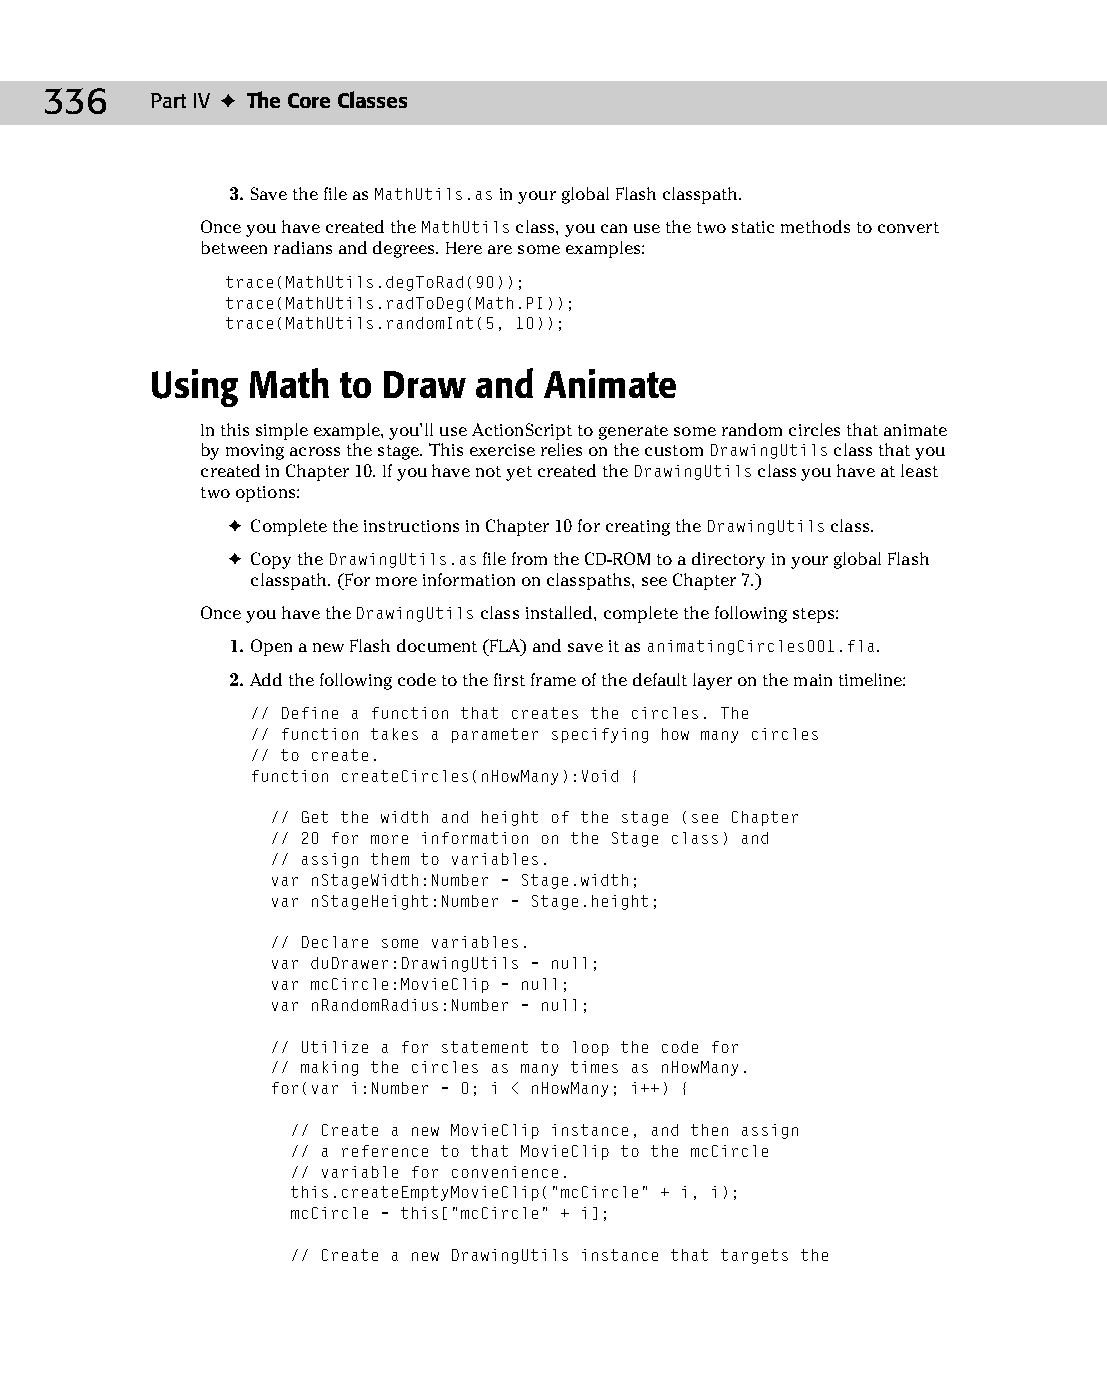
18 543547 ch13.qxd 3/24/04 4:11 PM Page 336
 336    Part IV ✦ The Core Classes
 3. Save the file as MathUtils.as in your global Flash classpath.
 Once you have created the MathUtils class, you can use the two static methods to convert
 between radians and degrees. Here are some examples:
 trace(MathUtils.degToRad(90));
 trace(MathUtils.radToDeg(Math.PI));
 trace(MathUtils.randomInt(5, 10));
 Using Math   to Draw and  Animate
 In this simple example, you’ll use ActionScript to generate some random circles that animate
 by moving across the stage. This exercise relies on the custom DrawingUtils class that you
 created in Chapter 10. If you have not yet created the DrawingUtils class you have at least
 two options:
 ✦ Complete the instructions in Chapter 10 for creating the DrawingUtils class.
 ✦ Copy the DrawingUtils.as file from the CD-ROM to a directory in your global Flash
 classpath. (For more information on classpaths, see Chapter 7.)
 Once you have the DrawingUtils class installed, complete the following steps:
 1. Open a new Flash document (FLA) and save it as animatingCircles001.fla.
 2. Add the following code to the first frame of the default layer on the main timeline:
 // Define a function that creates the circles. The
 // function takes a parameter specifying how many circles
 // to create.
 function createCircles(nHowMany):Void {
 // Get the width and height of the stage (see Chapter
 // 20 for more information on the Stage class) and
 // assign them to variables.
 var nStageWidth:Number = Stage.width;
 var nStageHeight:Number = Stage.height;
 // Declare some variables.
 var duDrawer:DrawingUtils = null;
 var mcCircle:MovieClip = null;
 var nRandomRadius:Number = null;
 // Utilize a for statement to loop the code for
 // making the circles as many times as nHowMany.
 for(var i:Number = 0; i < nHowMany; i++) {
 // Create a new MovieClip instance, and then assign
 // a reference to that MovieClip to the mcCircle
 // variable for convenience.
 this.createEmptyMovieClip(“mcCircle” + i, i);
 mcCircle = this[“mcCircle” + i];
 // Create a new DrawingUtils instance that targets the